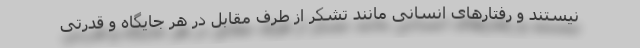
نیستند و رفتارهای انسانی مانند تشکر از طرف مقابل در هر جایگاه و قدرتی